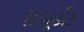
સામૂહીક